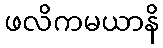
ဖလိကမယာနိ